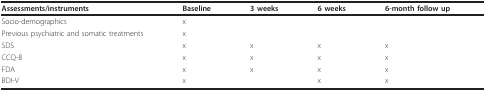
<table><thead><tr><td><b>Assessments/instruments</b></td><td><b>Baseline</b></td><td><b>3 weeks</b></td><td><b>6 weeks</b></td><td><b>6-month follow up</b></td></tr></thead><tbody><tr><td>Socio-demographics</td><td>x</td><td></td><td></td><td></td></tr><tr><td>Previous psychiatric and somatic treatments</td><td>x</td><td></td><td></td><td></td></tr><tr><td>SDS</td><td>x</td><td>x</td><td>x</td><td>x</td></tr><tr><td>CCQ-B</td><td>x</td><td>x</td><td>x</td><td>x</td></tr><tr><td>FDA</td><td>x</td><td>x</td><td>x</td><td>x</td></tr><tr><td>BDI-V</td><td>x</td><td></td><td>x</td><td>x</td></tr></tbody></table>